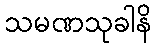
သမဏသုခါနိ